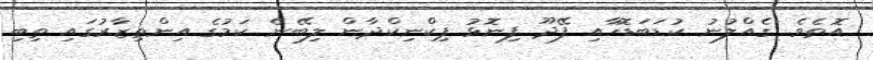
އޮތެވެ. ގެއްލުނު ކުޑަބަޑޮހާއި ފޭދޫ ފިނޮޅު ޕިކްނިކްދާން ލިބޭނެ ކަމުގެ އިންތިޒާރުގައި ތިބި